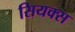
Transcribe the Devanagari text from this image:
सियक्स